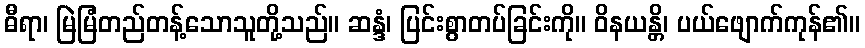
ဓီရာ၊ မြဲမြံတည်တန့်သောသူတို့သည်။ ဆန္ဒံ၊ ပြင်းစွာတပ်ခြင်းကို။ ဝိနယန္တိ၊ ပယ်ဖျောက်ကုန်၏။